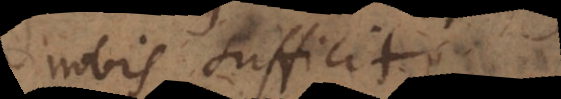
nobis sufficit.